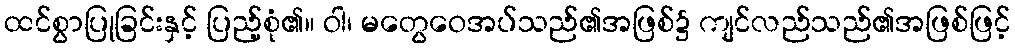
ထင်စွာပြုခြင်းနှင့် ပြည့်စုံ၏။ ဝါ၊ မတွေဝေအပ်သည်၏အဖြစ်၌ ကျင်လည်သည်၏အဖြစ်ဖြင့်